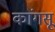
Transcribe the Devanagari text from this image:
कांगसू